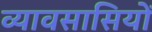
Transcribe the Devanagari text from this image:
व्यावसासियों